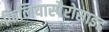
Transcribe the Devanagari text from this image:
फिलियास्पैरोसाइड